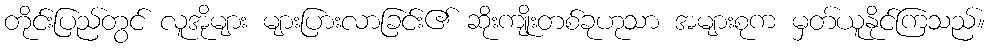
တိုင်းပြည်တွင် လူအိုများ များပြားလာခြင်း၏ ဆိုးကျိုးတစ်ခုဟုသာ အများစုက မှတ်ယူနိုင်ကြသည်။